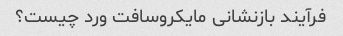
فرآیند بازنشانی مایکروسافت ورد چیست؟